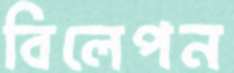
বিলেপন